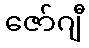
ဇော်ဂျီ